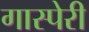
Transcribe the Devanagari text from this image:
गास्पेरी